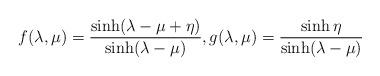
LaTeX: \begin{align*} f(\lambda,\mu)= \frac{\sinh(\lambda-\mu+\eta)}{\sinh(\lambda-\mu)}, g(\lambda,\mu)= \frac{\sinh \eta}{\sinh(\lambda-\mu)}\end{align*}